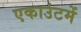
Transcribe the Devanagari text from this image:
एकाउंटमें